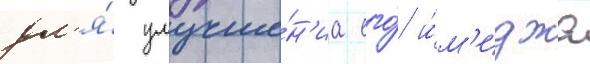
дл'я́ улучше́н'иа его́ и́м'иджа